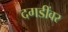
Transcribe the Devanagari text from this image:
दगडींवर